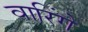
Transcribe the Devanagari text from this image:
वारिंगे